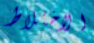
الاختلاط